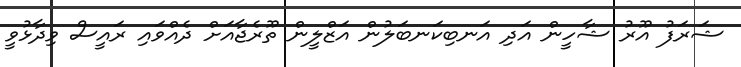
ޝަރަފު އޫރު ޝާހީން އަދި އަނބިކަނބަލުން އަޒްލީން ތޫރެޖާއަށް ދެއްވައި ރައީސް ވިދާޅުވީ